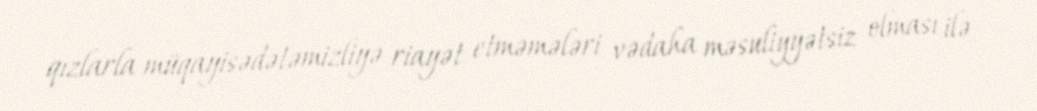
qızlarla müqayisədətəmizliyə riayət etməmələri vədaha məsuliyyətsiz olması ilə